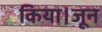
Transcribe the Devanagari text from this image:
किया।जून